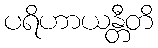
ပရိဟာယန္တီတိ